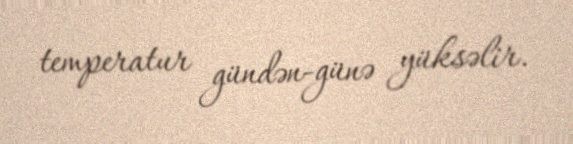
temperatur gündən-günə yüksəlir.